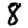
Digit: 8